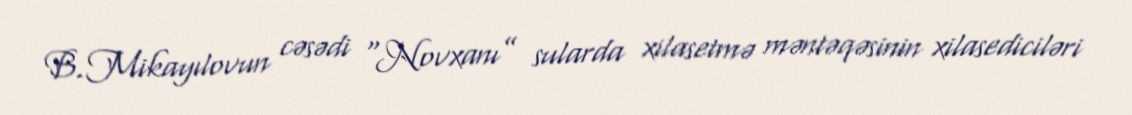
B.Mikayılovun cəsədi “Novxanı” sularda xilasetmə məntəqəsinin xilasediciləri